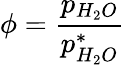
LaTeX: \phi={\frac{p_{H_{2}O}}{p_{H_{2}O}^{*}}}